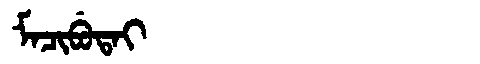
Manchu: ᠮᠠᠴᡳᠪᡠᡨᠠᡳ
Romanization: MACIBUTAI